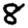
Digit: 8